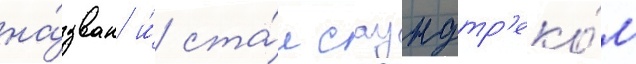
на́зван и́ ста́л саундтр'еко́м